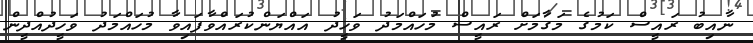
ނާއިބު ރައީސް ކަމުގެ މަގާމަށް ރައީސް މުހައްމަދު ވަހީދު އައްޔަންކުރައްވާފައިވާ މުހައްމަދު ވަހީދުއްދީން